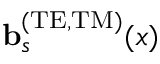
{ \bf b } _ { s } ^ { \mathrm { ( T E , T M ) } } ( x )